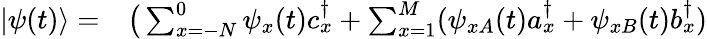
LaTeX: \begin{array}{rl}{|\psi(t)\rangle=}&{{}\big(\sum_{x=-N}^{0}\psi_{x}(t)c_{x}^{\dagger}+\sum_{x=1}^{M}(\psi_{xA}(t)a_{x}^{\dagger}+\psi_{xB}(t)b_{x}^{\dagger})}\end{array}